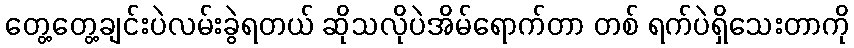
တွေ့တွေ့ချင်းပဲလမ်းခွဲရတယ် ဆိုသလိုပဲအိမ်ရောက်တာ တစ် ရက်ပဲရှိသေးတာကို